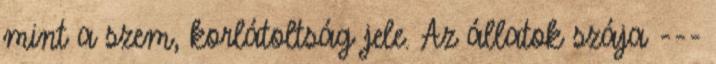
mint a szem, korlátoltság jele. Az állatok szája ---